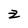
Character: Z